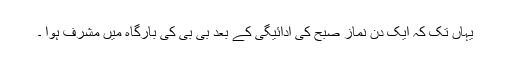
یہاں تک کہ ایک دن نماز صبح کی ادائیگی کے بعد بی بی کی بارگاہ میں مشرف ہوا ۔